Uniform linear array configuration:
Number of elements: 24
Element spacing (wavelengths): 0.5
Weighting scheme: hamming
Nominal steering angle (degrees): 15
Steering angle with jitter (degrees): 14.387
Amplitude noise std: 0.05
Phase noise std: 0.05

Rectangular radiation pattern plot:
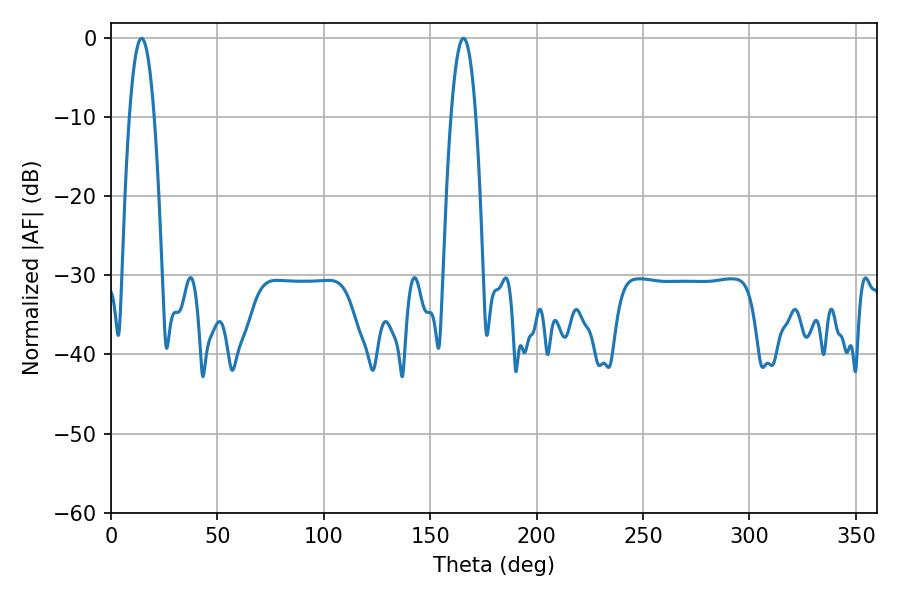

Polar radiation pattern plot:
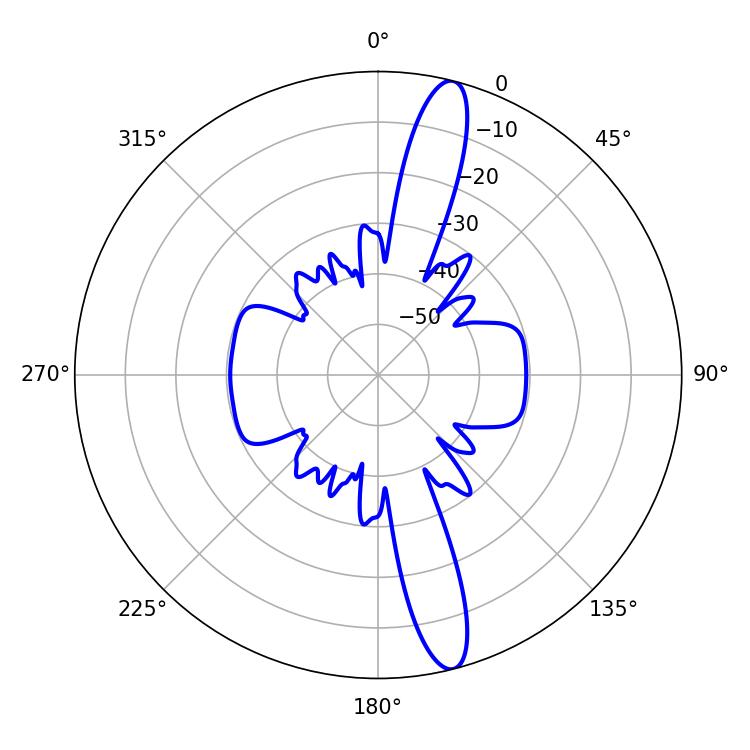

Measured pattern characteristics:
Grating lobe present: FALSE
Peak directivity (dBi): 15.224
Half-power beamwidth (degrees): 6.48
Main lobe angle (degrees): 14.4